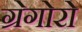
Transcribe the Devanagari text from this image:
ग्रेगोरो